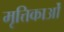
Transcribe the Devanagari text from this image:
मृत्तिकाओं